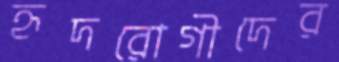
হৃদরোগীদের